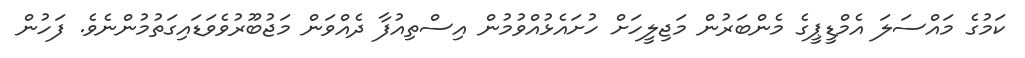
ކަމުގެ މައްސަލަ އެމްޑީޕީގެ މެންބަރުން މަޖިލީހަށް ހުށައެޅުއްވުމުން އިސްތިއުފާ ދެއްވަން މަޖުބޫރުވެވަޑައިގަތުމުންނެވެ. ފަހުން